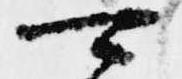
可